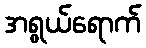
အရွယ်ရောက်